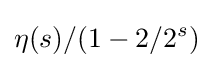
\eta (s)/(1-2/2^{s})